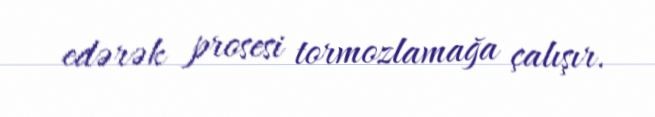
edərək prosesi tormozlamağa çalışır.